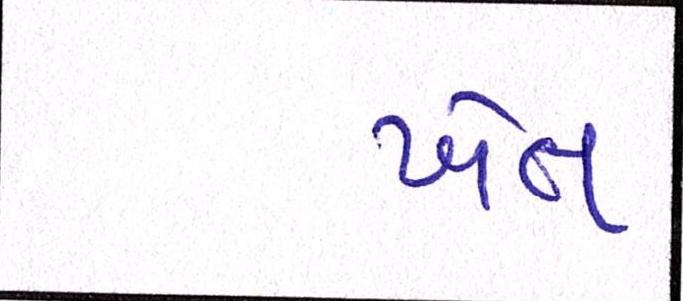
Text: ખેત